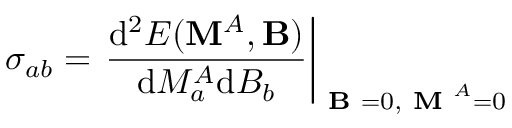
\sigma _ { a b } = \left. \frac { \mathrm { d } ^ { 2 } E ( \mathbf { M } ^ { A } , \mathbf { B } ) } { \mathrm { d } M _ { a } ^ { A } \mathrm { d } B _ { b } } \right| _ { \textbf { B } = 0 , \textbf { M } ^ { A } = 0 }